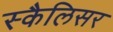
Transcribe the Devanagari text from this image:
स्कैलिसर